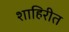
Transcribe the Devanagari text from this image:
शाहिरीत